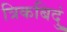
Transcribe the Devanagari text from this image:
त्रिकबिदुं